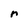
Character: r